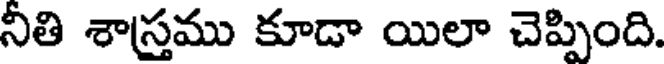
నీతి శాస్త్రము కూడా యిలా చెప్పింది.